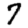
Digit: 7